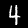
Digit: 4